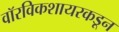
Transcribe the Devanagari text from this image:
वॉरविकशायरकडून